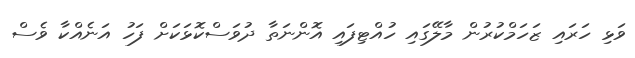
ވަޅި ހަރައި ޒަހަމްކުރުން މާލޭގައި ހުއްޓިފައި އޮންނަތާ ދުވަސްކޮޅަކަށް ފަހު އަނެއްކާ ވެސް